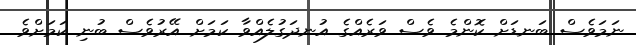
ނަމަވެސް ބަނޑަށް ކޮންމެ ވެސް ވަރެއްގެ އުނދަގުލެއްވާ ކަމަށް އޭރުވެސް ބުނި ކަމަށްވެ